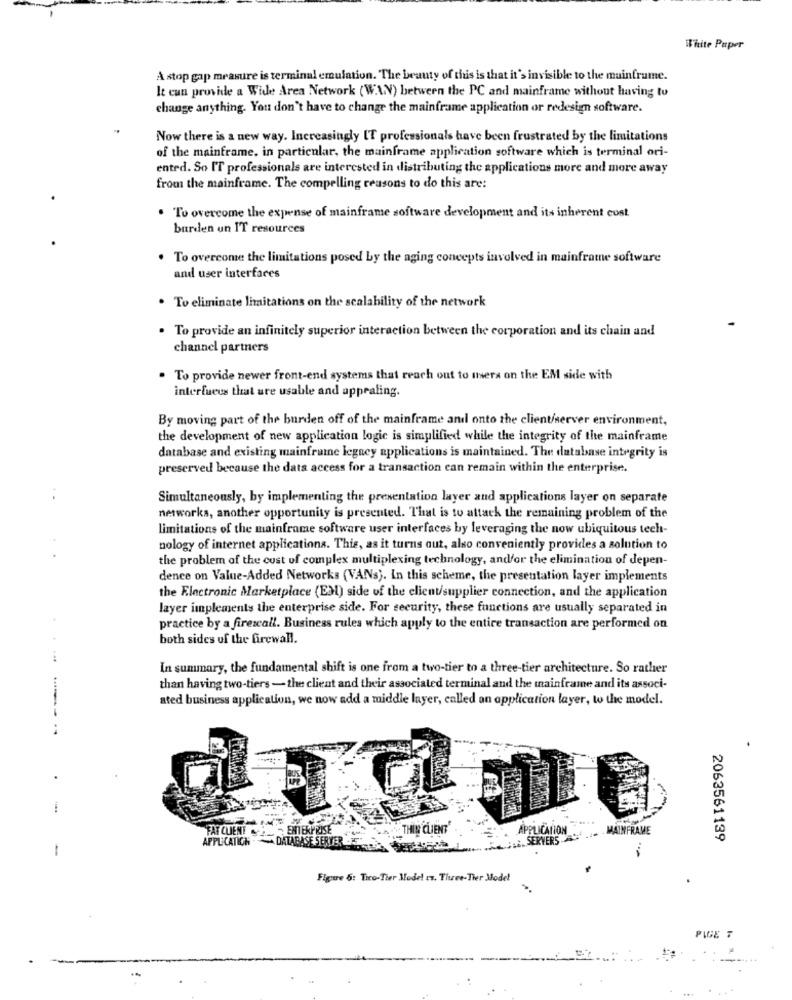
White Paper
A stop gap measure is terminal emulation. The beauty of this is that it's invisible to the mainframe.
It can provide a Wide Area Network (WAN) between the PC and mainframe without having to
change anything. You don't have to change the mainframe application or redesign software.
Now there is a new way. Increasingly IT professionals have been frustrated by the limitations
of the mainframe, in particular, the mainframe application software which is terminal ori-
ented. So I'T professionals are interested in distributing the applications more and more away
from the mainframe. The compelling reasons to do this are:
. To overcome the expense of mainframe software development and its inherent cost
burden un IT resources
To overcome the limitations posed by the aging concepts involved in mainframe software
and user interfaces
. To eliminate limitations on the scalability of the network
To provide an infinitely superior interaction between the corporation and its chain and
channel partners
To provide newer front-end systems that reach out to mers on the EM side with
interfueus that ure usable and appealing.
By moving part of the burden off of the mainframe and onto the client/server environment,
the development of new application logic is simplified while the integrity of the mainframe
database and existing mainframe legacy applications is maintained. The database integrity is
preserved because the data access for a transaction can remain within the enterprise.
Simultaneously, by implementing the presentation layer and applications layer on separate
networks, another opportunity is presented. That is to attack the remaining problem of the
limitations of the mainframe software user interfaces by leveraging the now ubiquitous tech-
nology of internet applications. This, as it turns out, also conveniently provides a solution to
the problem of the cost of complex multiplexing technology, andfor the elimination of depen-
dence on Value-Added Networks (VANs). In this scheme, the presentation layer implements
the Electronic Marketplace (EM) side of the client/supplier connection, and the application
layer implements the enterprise side. For security, these functions are usually separated in
practice by a firewall. Business rules which apply to the entire transaction are performed on
both sides of the firewall.
In summary, the fundamental shift is one from a two-tier to a three-tier architecture. So rather
than having two-tiers - the client and their associated terminal and the mainframe and its associ-
ated business application, we now add a middle layer, called an application layer, to the model.
FAT CUENT
ENTERPRISE
THIN CLIENT"
PPLICATION
MAINFRAME
APPLICATICH . DATABASE SERVER
SERVERS-
2063561139
-
Figure 5: Tico-Tier Model ts. Three-Tier Model
PIGE T